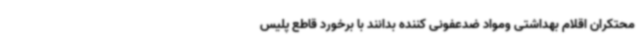
محتکران اقلام بهداشتی ومواد ضدعفونی کننده بدانند با برخورد قاطع پلیس